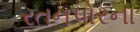
રતનપોરના